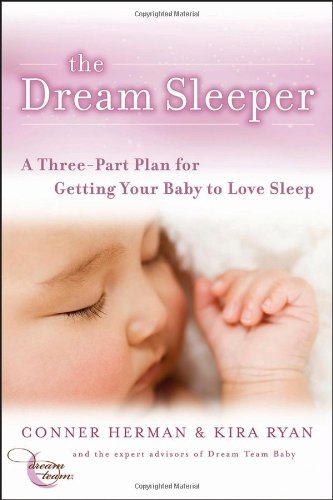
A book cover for The Dream Sleeper: A Three-Part Plan for Getting Your Baby to Love Sleep; Conner Herman; Health, Fitness & Dieting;